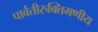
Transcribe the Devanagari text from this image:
पार्वतीरुक्तिमणीय